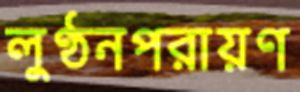
লুণ্ঠনপরায়ণ